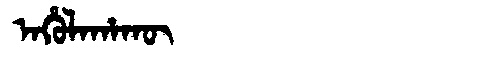
Manchu: ᠠᡥᡠᠯᠠᡥᠠᡴᡡ
Romanization: AHULAHAKŪ